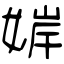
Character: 婩